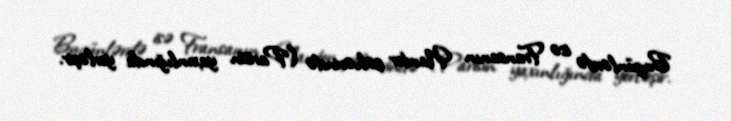
Bugünlərdə isə Fransanın Nanter şəhərində (Parisin yaxınlığında yerləşir.